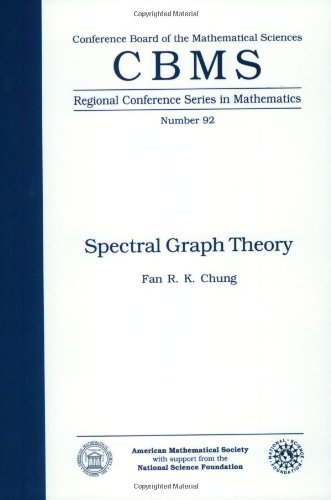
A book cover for Spectral Graph Theory (CBMS Regional Conference Series in Mathematics, No. 92); Fan R. K. Chung; Science & Math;